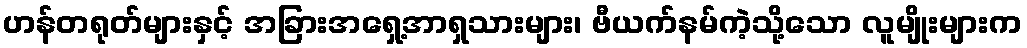
ဟန်တရုတ်များနှင့် အခြားအရှေ့အာရှသားများ၊ ဗီယက်နမ်ကဲ့သို့သော လူမျိုးများက